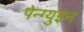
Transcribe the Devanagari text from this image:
पेन्ग्युइन